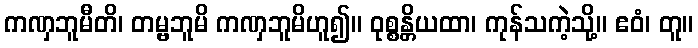
ကဏှဘူမီတိ၊ တမ္ဗဘူမိ ကဏှဘူမိဟူ၍။ ဝုစ္စန္တိယထာ၊ ကုန်သကဲ့သို့။ ဧဝံ၊ တူ။